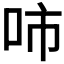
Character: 𰇓